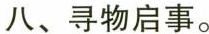
八、寻物启事。